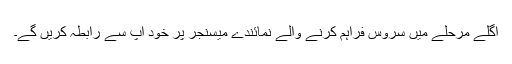
اگلے مرحلے میں سروس فراہم کرنے والے نمائندے میسنجر پر خود آپ سے رابطہ کریں گے۔